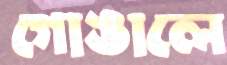
গোঙালে